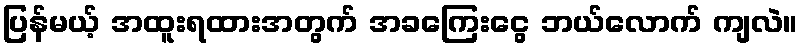
ပြန်မယ့် အထူးရထားအတွက် အခကြေးငွေ ဘယ်လောက် ကျလဲ။